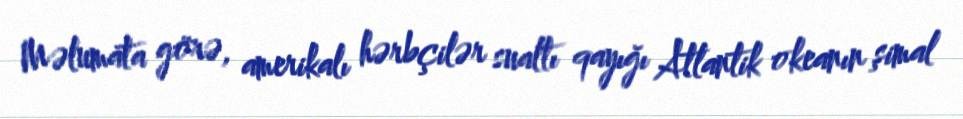
Məlumata görə, amerikalı hərbçilər sualtı qayığı Atlantik okeanın şimal